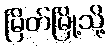
မြိတ်မြို့သို့